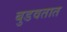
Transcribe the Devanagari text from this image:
बुडवतात